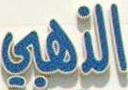
الذهبي